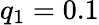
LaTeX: q_{\mathrm{1}}=0.1